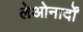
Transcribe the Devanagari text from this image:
लेओनार्दों